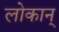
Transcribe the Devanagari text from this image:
लोकान्